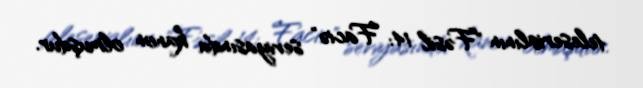
teleserialının "Fəsil 14: Faciə" seriyasında kanon olmuşdur.